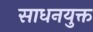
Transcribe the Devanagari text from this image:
साधनयुक्त